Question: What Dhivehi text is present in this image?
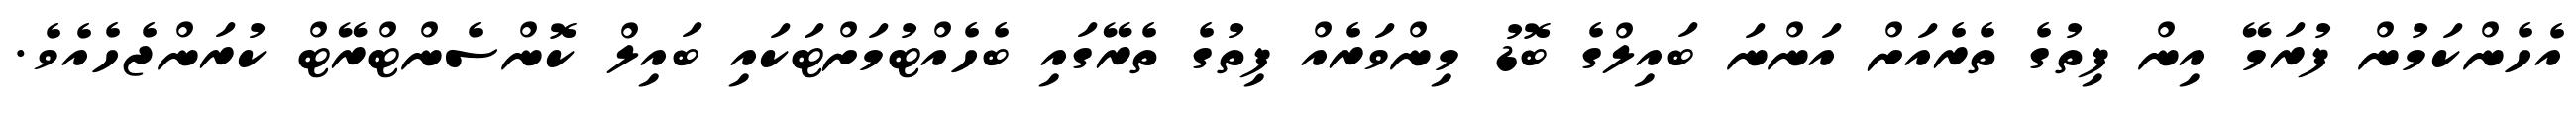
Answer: އެހެންކަމުން ފުރަމޭ އިން ފިތުގެ ތެރެއަށް އަންނަ ބައިލްގެ ބޮޑު މިންވަރެއް ފިތުގެ ތެރޭގައި ބެހެއްޓުމަށްޓަކައި ބައިލް ކޮންސެންޓްރޭޓް ކުރަންޖެހެއެވެ.